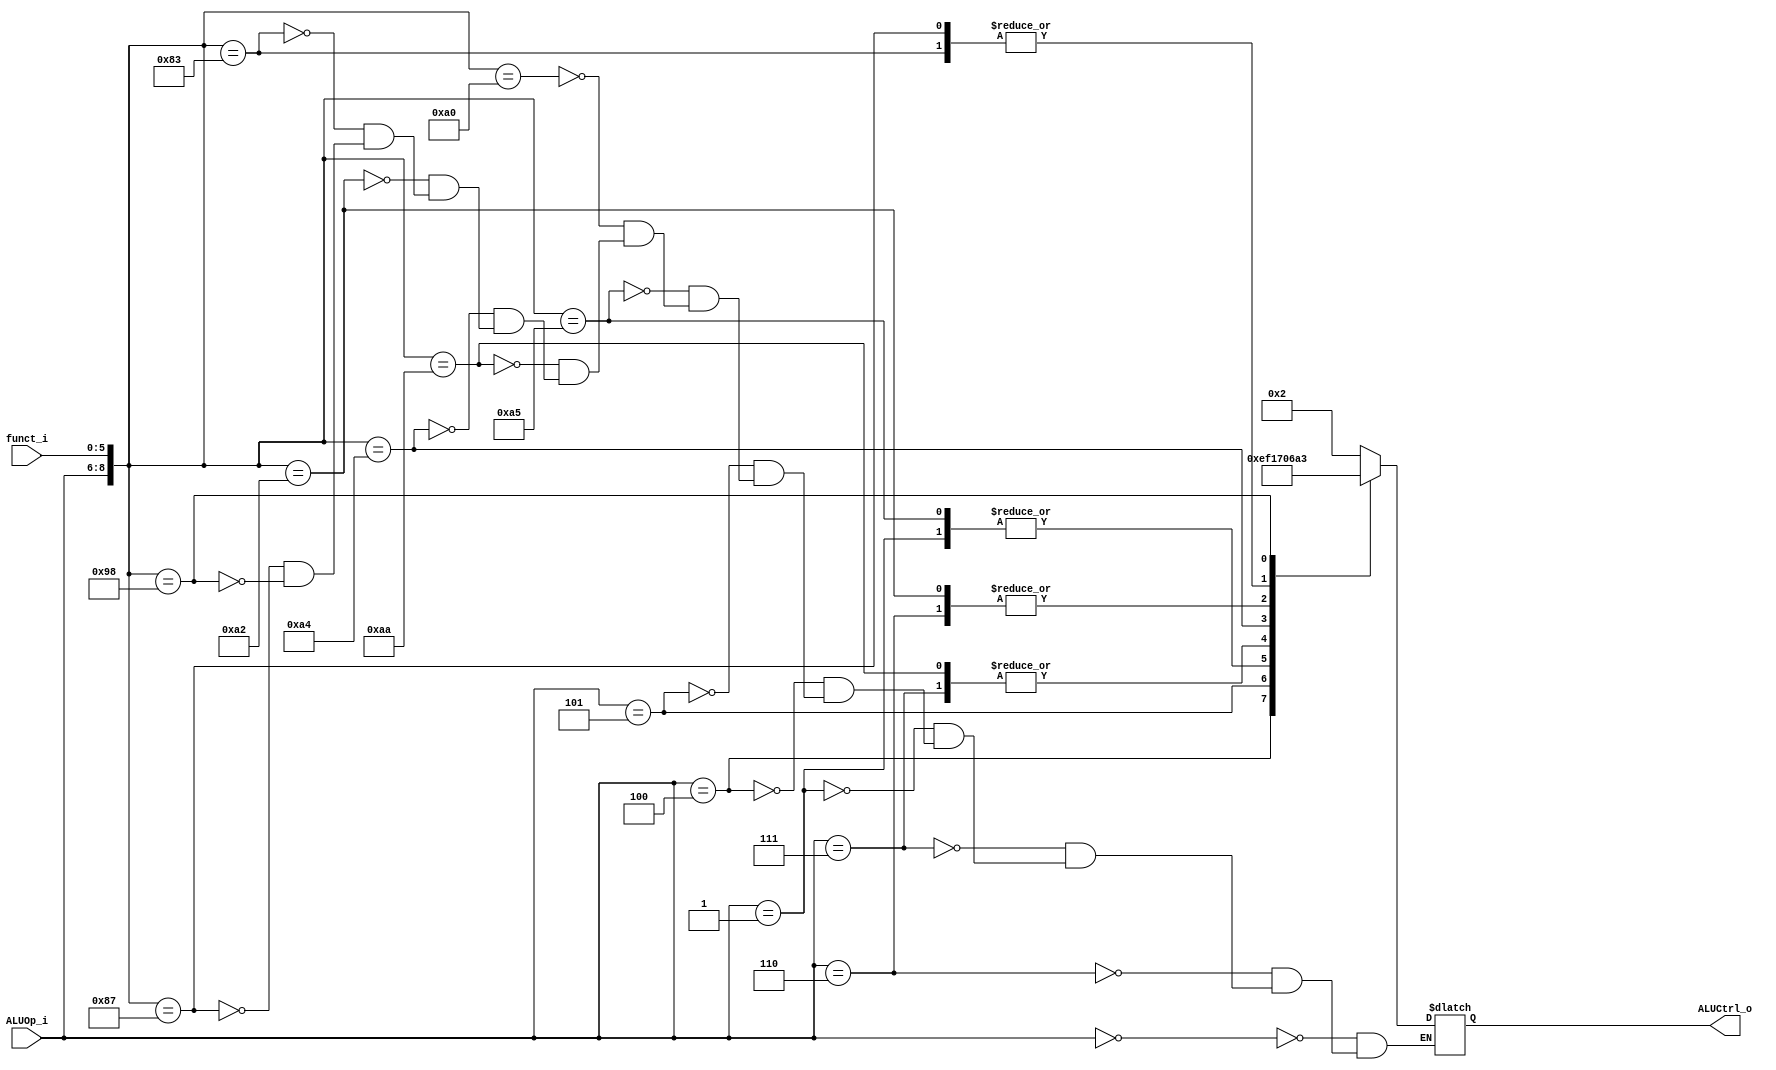
//Subject:     CO project 2 - ALU Controller
//--------------------------------------------------------------------------------
//Version:     1
//--------------------------------------------------------------------------------
//Writer:      
//----------------------------------------------
//Date:        
//----------------------------------------------
//Description: 
//--------------------------------------------------------------------------------

module ALU_Control(
          funct_i,
          ALUOp_i,
          ALUCtrl_o
          );
          
//I/O ports 
input      [6-1:0] funct_i;
input      [3-1:0] ALUOp_i;

output     [4-1:0] ALUCtrl_o;    
     
//Internal Signals
reg        [4-1:0] ALUCtrl_o;

//Parameter

       
//Select exact operation
always @(*) begin
    casez ({ALUOp_i, funct_i})
        9'b000??????: ALUCtrl_o = 4'b0010;  //Addi
        9'b110??????: ALUCtrl_o = 4'b0110;  //BEQ, BNE, BNEZ
        9'b111??????: ALUCtrl_o = 4'b0111;  //< SLTIU bltz 
        9'b001??????: ALUCtrl_o = 4'b0001;  //ORI
        9'b100??????: ALUCtrl_o = 4'b1110;  //LUI
        9'b101??????: ALUCtrl_o = 4'b1111;  //<= ble
        /* R-Type */
        9'b010100101: ALUCtrl_o = 4'b0001;  //Or
        9'b010100000: ALUCtrl_o = 4'b0010;  //Add
        9'b010101010: ALUCtrl_o = 4'b0111;  //SLT
        9'b010100100: ALUCtrl_o = 4'b0000;  //AND
        9'b010100010: ALUCtrl_o = 4'b0110;  //SUB
        9'b010000011: ALUCtrl_o = 4'b1010;  //SRA
        9'b010000111: ALUCtrl_o = 4'b1010;  //SRAV
        9'b010011000: ALUCtrl_o = 4'b0011;  //Mul
    endcase
end

endmodule